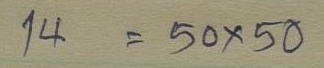
14 = 50x50